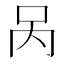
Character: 呙